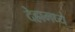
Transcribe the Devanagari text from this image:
देहामध्ये